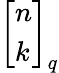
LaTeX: {\left[\begin{array}{l}{n}\\ {k}\end{array}\right]}_{q}